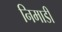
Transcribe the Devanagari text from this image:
निमाडी